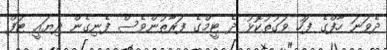
ދެވަނަ ހާފްގެ ފަހު ވަގުތުކޮޅު ދެ ޓީމްގެ ފަރާތުންވެސް ފެނިގެން ދިޔައީ ޓަފް